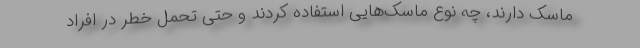
ماسک دارند، چه نوع ماسک‌هایی استفاده کردند و حتی تحمل خطر در افراد